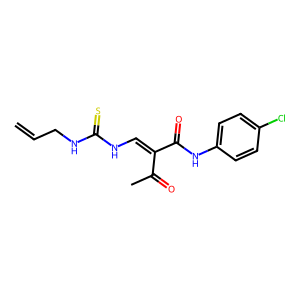
SMILES: C=CCNC(=S)NC=C(C(C)=O)C(=O)Nc1ccc(Cl)cc1
Inhibits HIV replication: No